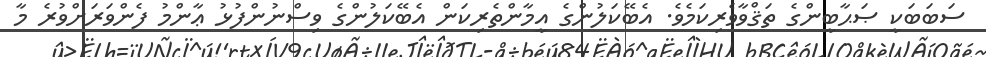
ސަބަބަކީ ޞަޙާބީންގެ ތަޤްވާވެރިކަމެވެ. އެބޭކަލުންގެ އީމާންތެރިކަން އެބޭކަލުންގެ ވިސްނުންފުޅު ޢާންމު ފެންވަރަށްވުރެ މާ